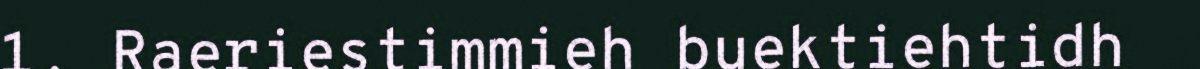
1. Raeriestimmieh buektiehtidh